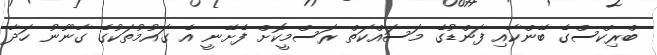
ބްރިކްސްގެ ބޭންކާއި ފަންޑުގެ މަސައްކަތް ރަސްމީކޮށް ފެށޭނީ އެ ގައުމުތަކުގެ ގާނޫނު ހަދާ